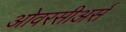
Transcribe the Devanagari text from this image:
ओवरसीअर्स